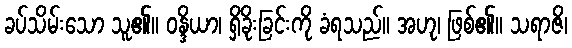
ခပ်သိမ်းသော သူ၏။ ဝန္ဒိယာ၊ ရှိခိုးခြင်းကို ခံရသည်။ အဟု၊ ဖြစ်၏။ သရာဇိ၊